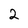
Character: 2